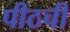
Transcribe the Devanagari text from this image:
पीठची